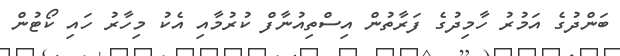
ބަންދުގެ އަމުރު ހާމިދުގެ ފަރާތުން އިސްތިއުނާފް ކުރުމާއި އެކު މިހާރު ހައި ކޯޓުން